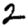
Digit: 2